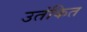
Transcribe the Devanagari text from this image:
उतंकित